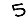
Digit: 5